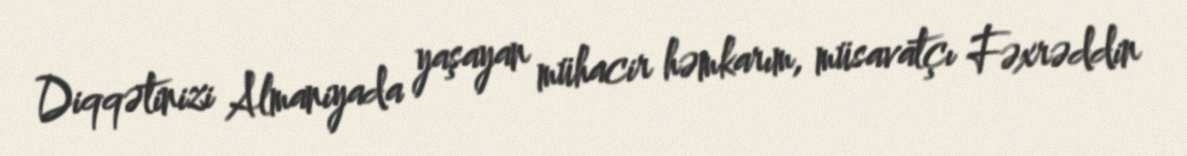
Diqqətinizi Almaniyada yaşayan mühacir həmkarım, müsavatçı Fəxrəddin